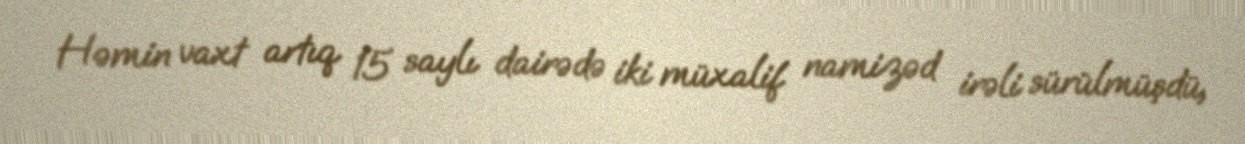
Həmin vaxt artıq 15 saylı dairədə iki müxalif namizəd irəli sürülmüşdü,